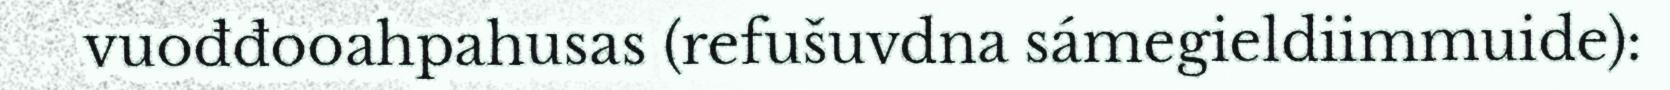
vuođđooahpahusas (refušuvdna sámegieldiimmuide):